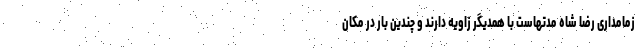
زمامداری رضا شاه مدتهاست با همدیگر زاویه دارند و چندین بار در مکان